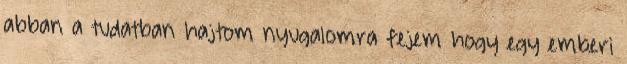
abban a tudatban hajtom nyugalomra fejem hogy egy emberi